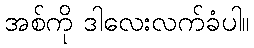
အစ်ကို ဒါလေးလက်ခံပါ။